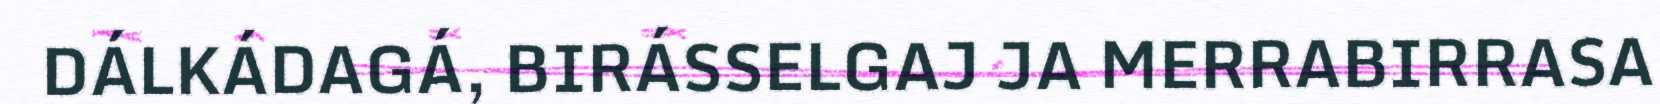
DÁLKÁDAGÁ, BIRÁSSELGAJ JA MERRABIRRASA